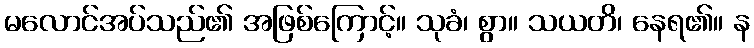
မလောင်အပ်သည်၏ အဖြစ်ကြောင့်။ သုခံ၊ စွာ။ သယတိ၊ နေရ၏။ န